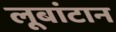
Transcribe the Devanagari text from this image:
लूबांटान